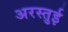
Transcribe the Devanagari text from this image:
अरस्तुई